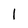
Character: l